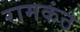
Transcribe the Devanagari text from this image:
रामकंठ